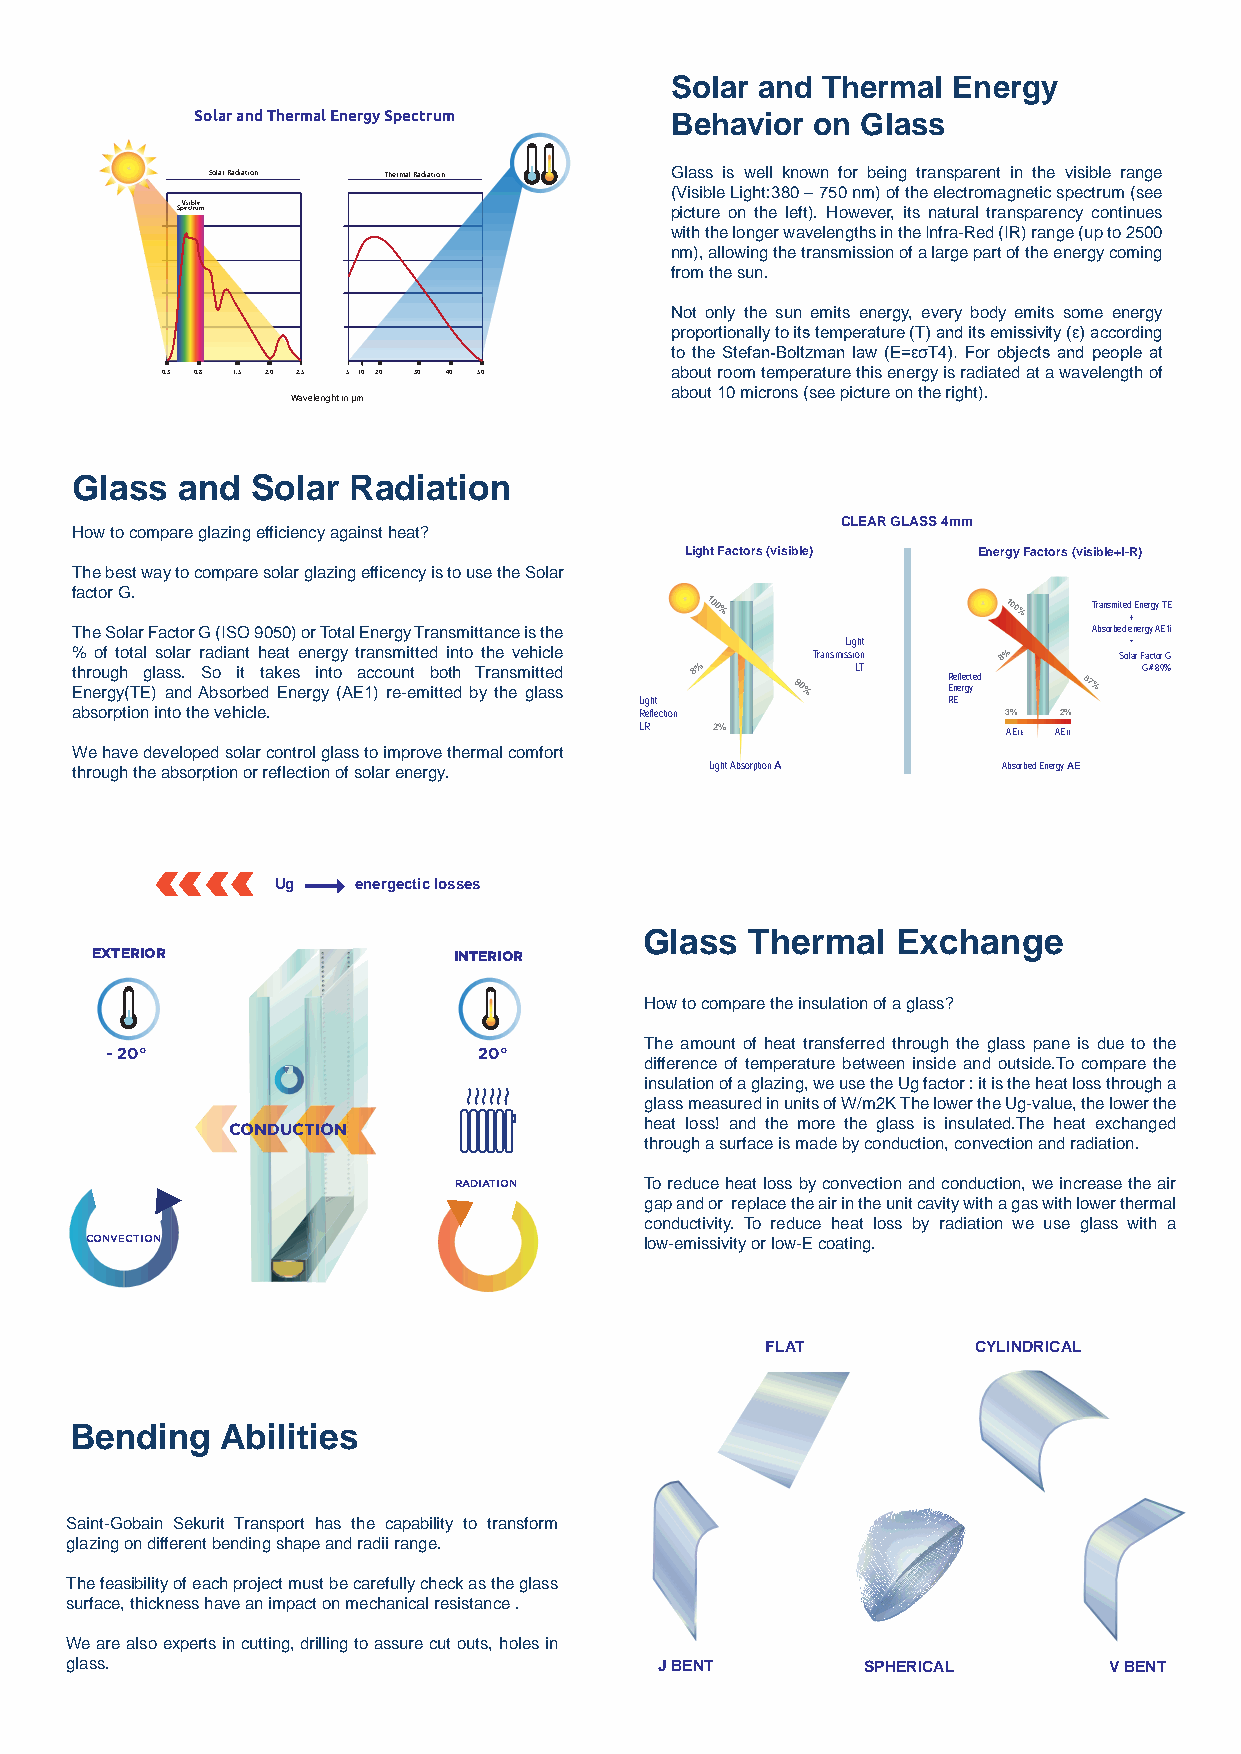
Solar and Thermal  Energy
 Solar and Thermal Energy Spectrum
 Behavior  on Glass
 Solar Radiation Thermal Radiation Glass is well known for being transparent in the visible range
 (Visible Light:380 – 750 nm) of the electromagnetic spectrum (see
 SpVeiscitbrluem
 picture on the left). However, its natural transparency continues
 with the longer wavelengths in the Infra-Red (IR) range (up to 2500
 nm), allowing the transmission of a large part of the energy coming
 from the sun.
 Not only the sun emits energy, every body emits some energy
 proportionally to its temperature (T) and its emissivity (ε) according
 to the Stefan-Boltzman law (E=εσT4). For objects and people at
 0.3 0.8 1.5 2.0 2.5 5 10 20 30 40 50 about room temperature this energy is radiated at a wavelength of
 about 10 microns (see picture on the right).
 Wavelenght in µm
 Glass  and  Solar Radiation
 CLEAR GLASS 4mm
 How to compare glazing efficiency against heat?
 Light Factors (visible) Energy Factors (visible+I-R)
 The best way to compare solar glazing efficency is to use the Solar
 factor G.
 100%               100%  Transmited
 +
 Energy TE
 The Solar Factor G (ISO 9050) or Total Energy Transmittance is the Absorbed energy AE1i
 Light              =
 % of total solar radiant heat energy transmitted into the vehicle Transmission 8% Solar Factor G
 t Eh nro eu rgg yh ( TEg )la as ns. d AS bo s orit b et da k Ee ns e rgin yt o ( AEa 1c )c o ru en -et mb itto et dh bT yr a thn es m gi lt ate sd s
 Light
 8%    90%  LT    R E Rne Eefle rgc yted 87% G# 89%
 absorption into the vehicle.         Reflection               3% 2%
 LR   2%                  AE1E AE1i
 We have developed solar control glass to improve thermal comfort
 through the absorption or reflection of solar energy. Light Absorption A Absorbed Energy AE
 Ug   energectic losses
 Glass  Thermal  Exchange
 EXTERIOR                INTERIOR
 How to compare the insulation of a glass?
 The amount of heat transferred through the glass pane is due to the
 - 20°                    20°
 difference of temperature between inside and outside.To compare the
 insulation of a glazing, we use the Ug factor : it is the heat loss through a
 glass measured in units of W/m2K The lower the Ug-value, the lower the
 heat loss! and the more the glass is insulated.The heat exchanged
 CONDUCTION
 through a surface is made by conduction, convection and radiation.
 RADIATION    To reduce heat loss by convection and conduction, we increase the air
 gap and or replace the air in the unit cavity with a gas with lower thermal
 conductivity. To reduce heat loss by radiation we use glass with a
 CONVECTION                           low-emissivity or low-E coating.
 FLAT          CYLINDRICAL
 Bending   Abilities
 Saint-Gobain Sekurit Transport has the capability to transform
 glazing on different bending shape and radii range.
 The feasibility of each project must be carefully check as the glass
 surface, thickness have an impact on mechanical resistance .
 We are also experts in cutting, drilling to assure cut outs, holes in
 glass.                                  J BENT       SPHERICAL       V BENT